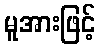
မူအားဖြင့်